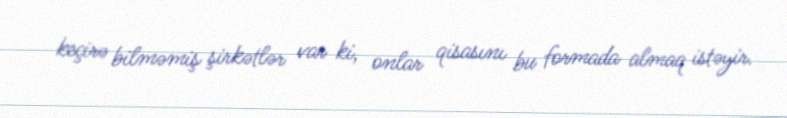
keçirə bilməmiş şirkətlər var ki, onlar qisasını bu formada almaq istəyir.